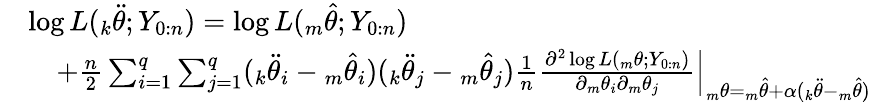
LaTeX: \begin{array}{rl}&{\log L({_k\ddot{\theta}};Y_{0:n})=\log L({_m\hat{\theta}};Y_{0:n})}\\ &{\quad+\frac{n}{2}\sum_{i=1}^{q}\sum_{j=1}^{q}({_k\ddot{\theta}_{i}}-{_m\hat{\theta}_{i}})({_k\ddot{\theta}_{j}}-{_m\hat{\theta}_{j}})\frac{1}{n}\frac{\partial^{2}\log L({_m\theta};Y_{0:n})}{\partial{_m\theta_{i}}\partial{_m\theta_{j}}}{\Big|}_{{_m\theta}={_m\hat{\theta}}+\alpha({_k\ddot{\theta}}-{_m\hat{\theta}})}}\end{array}